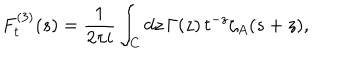
F _ { t } ^ { ( 3 ) } ( s ) = \frac { 1 } { 2 \pi i } \int _ { C } d z \, \Gamma ( z ) \, t ^ { - z } \zeta _ { A } ( s + z ) ,